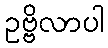
ဥဗ္ဗိလာပါ